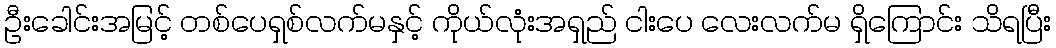
ဦးခေါင်းအမြင့် တစ်ပေရှစ်လက်မနှင့် ကိုယ်လုံးအရှည် ငါးပေ လေးလက်မ ရှိကြောင်း သိရပြီး